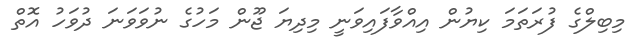
މިބިލްގެ ފުރަތަމަ ކިޔުން އިއްވާފައިވަނީ މިދިޔަ ޖޫން މަހުގެ ނުވަވަނަ ދުވަހު އޮތް